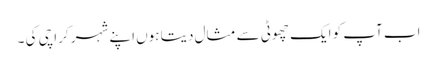
اب آپ کو ایک چھوٹی سے مثال دیتا ہوں اپنے شہر کراچی کی ۔